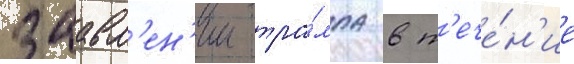
заавл'ен'ии тра́мпа в т'ече́н'ие